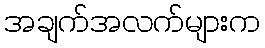
အချက်အလက်များက